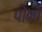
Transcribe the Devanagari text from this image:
पोमो